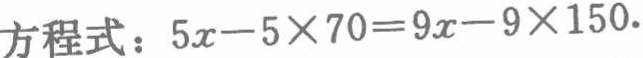
\(5x - 5\times70 = 9x - 9\times150\)